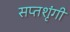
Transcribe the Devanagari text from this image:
सप्‍तशृंगी